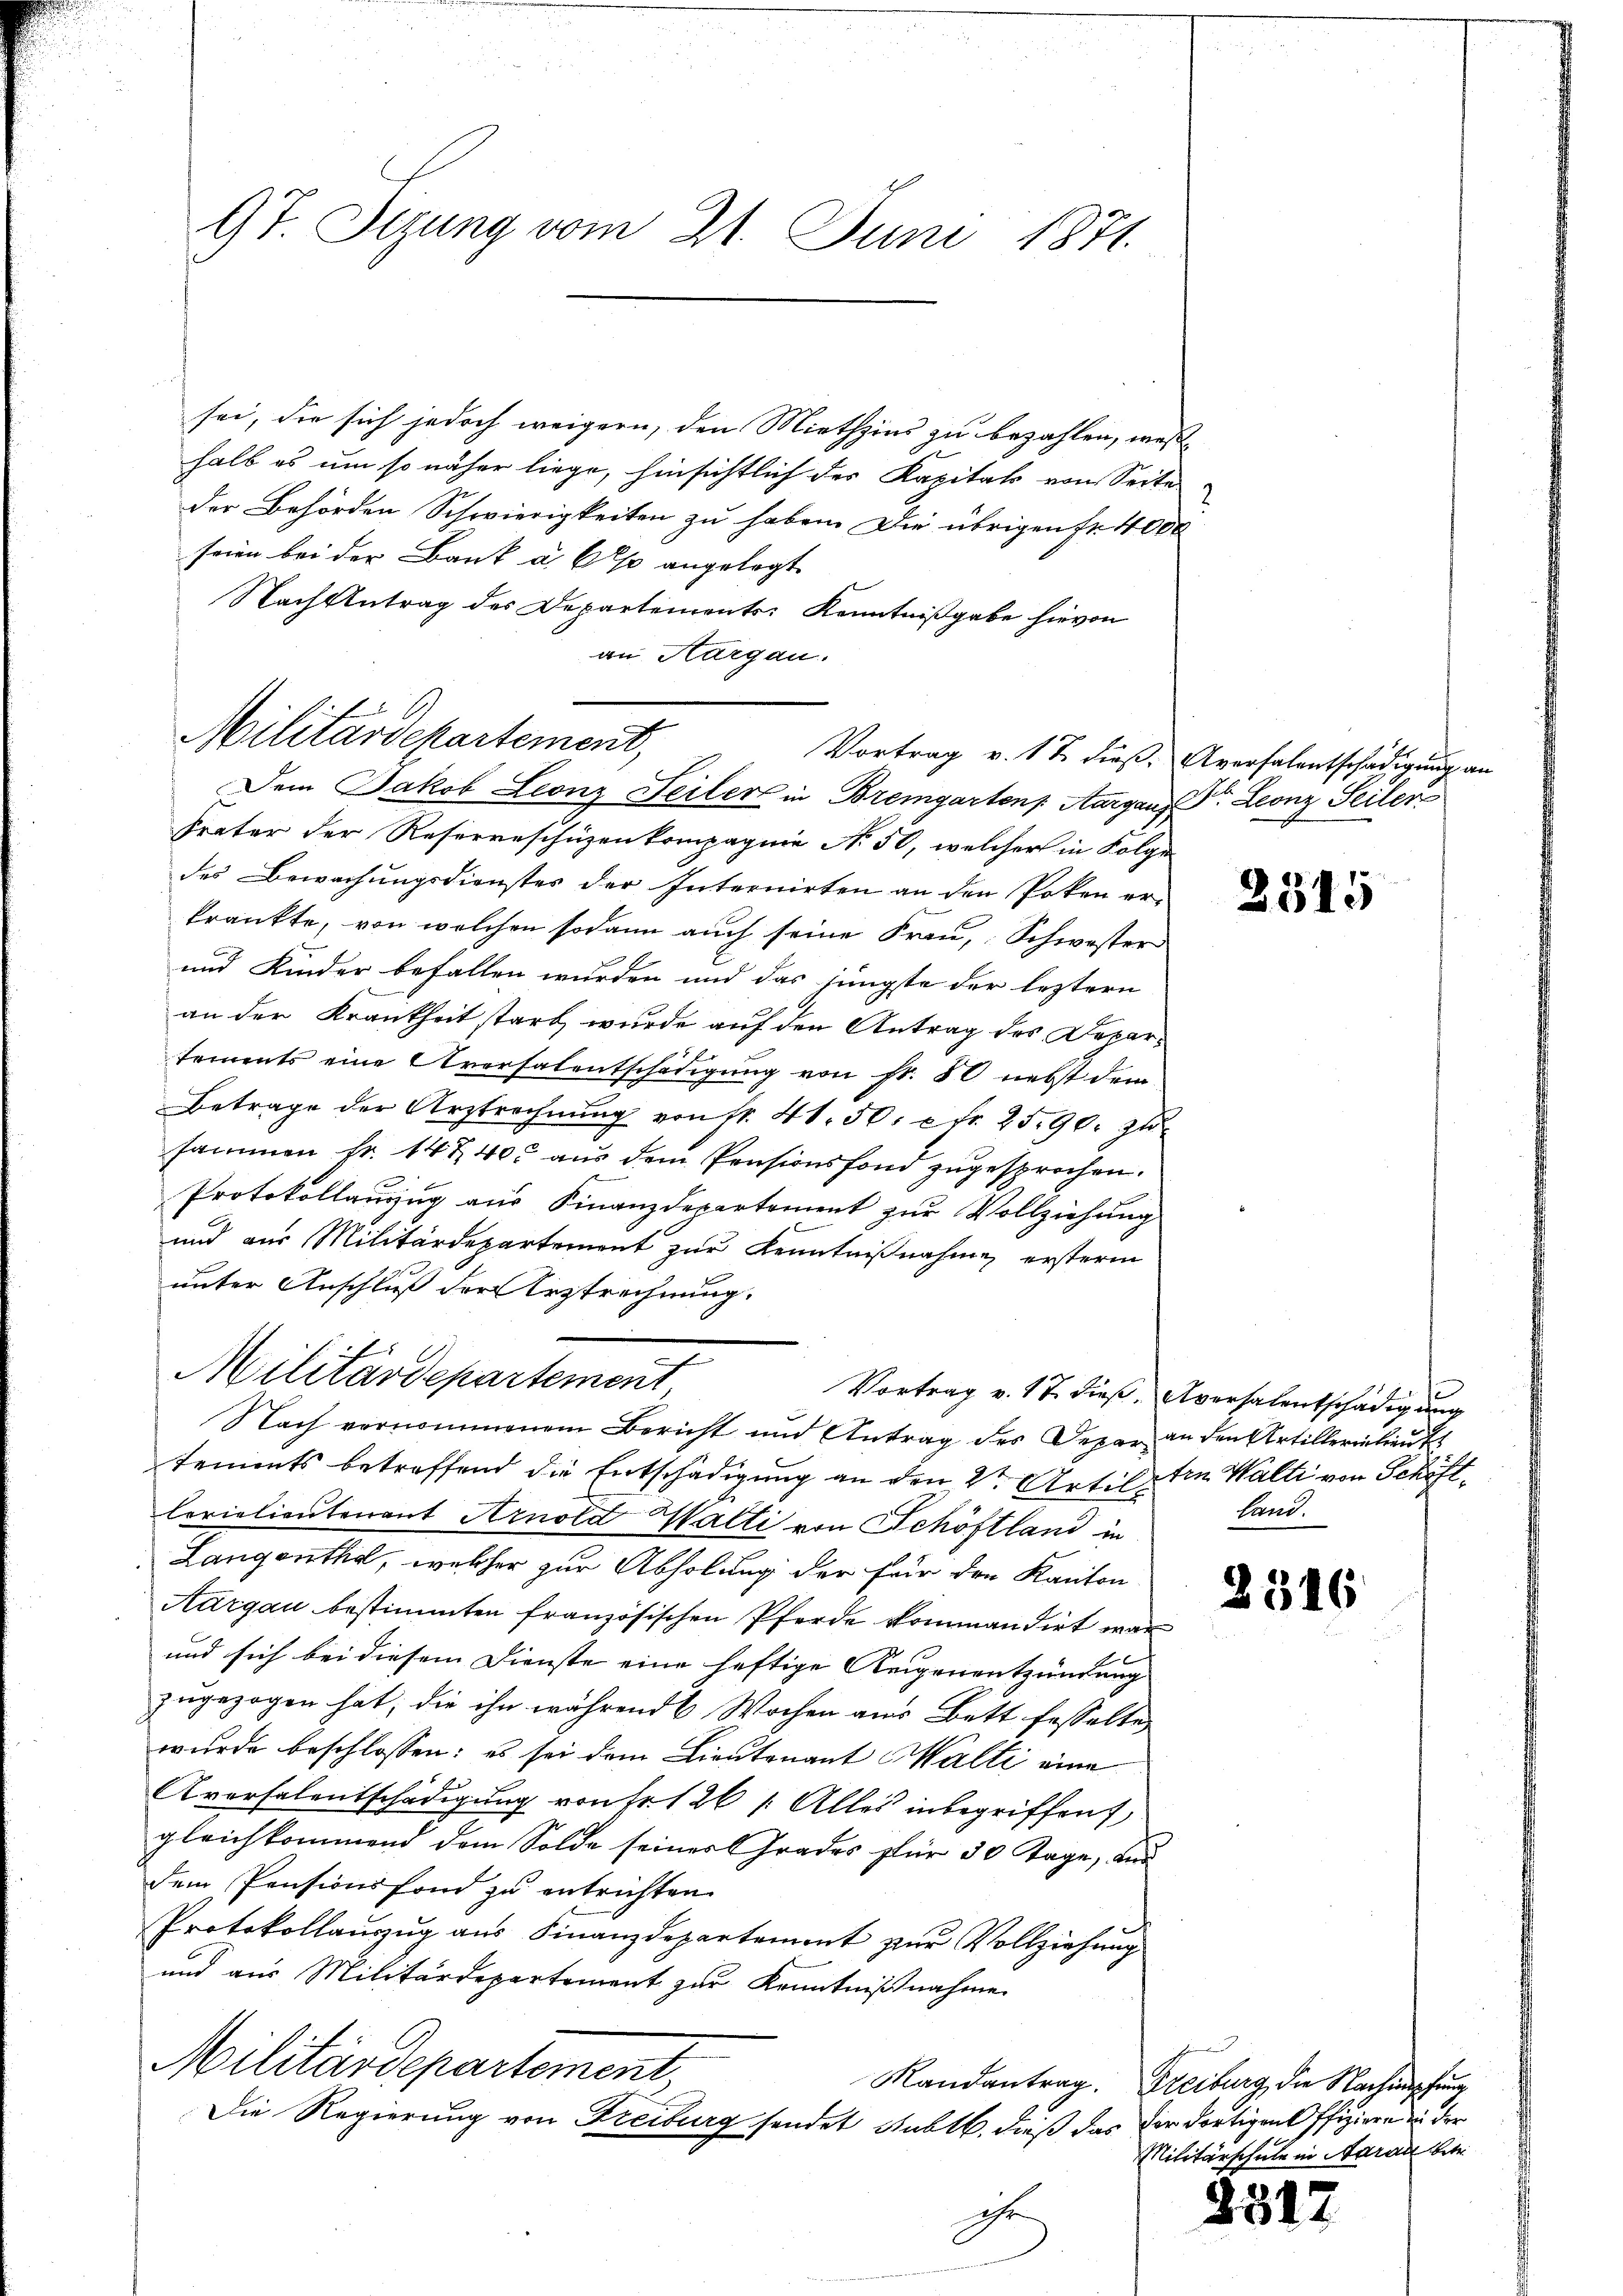
9t. Stzung vom 21. Juni 1871.

sei, die sich jedoch weigern, den Miethzins zu bezahlen, weßhalb es um so näher liege, hinsichtlich der Kapitals von Seite
der Behörden Schwierigkeiten zu haben. Die übrigen Fr. 4000
seien bei der Bank u. Also angelegt
Nach Antrag des Departements Kenntnißgabe hievon
an Aargau.
Dem Jakob Leonz Seiler in Bremgartens Aargaus Dr. Leonz Seiler
Frater der Reserveschizenkompagnie No. 50, welcher in Folge
des Bewachungsdienstes der Internirten an den Poken er-
krankte, von welchen sodann auch seine Frau, Schwester
d
und Kinder befallen wurden und das jüngste der leztern
an der Krankheit starb, wurde auf den Antrag des Departements eine Aversalentschädigung von fr. 80 nebst dem
Betrage der Urstrechnŭng von fr. 41. 50. Fr. 25. 90. zu
sammen fr. 14 & 400 aus dem Pensionsfond zugesprochen.
Protokollauzug aus Finanzdepartement zur Vollziehung
und aus Militärdepartement zur Kenntnißnahme ersteren
unter Anschluß der Erstrechnung.
Militärdepartement
Vortrag v. 17. dieß, Aversalentschädigung
Nach vernommenem Bericht und Antrag des Depar an den Artillerielieut
tements betreffend die Entschädigung an den 2ten Artil den Walti von Schöftlorialientenant Arnold Matti von Schöftland in
Langenthal, welcher zur Abholung der für den Kanton
Aargau bestimmten französischen Pferde kommandirt war
und sich bei diesem Dienste eine heftige Reigenentzündung
zugezogen hat; die ihn während 6 Wochen aus Bett fesselte
wurde beschlossen: es sei dem Lieutenant Walti eine
Aversalentschädigung von Fr. 126 /: Alles inbegriffen,
gleichkommend dem Solde seiner Grades für 30 Tage, aus
dem Pensionsfond zu entrichten.
Protokollauszug aus Finanzdepartement zur Vollziehung
und aus Militärdepartement zur Kenntnißnahme
Militärdepartement
Randantrag. Freiburg, die Nachimpfung
Die Regierung von Freiburg sendet Sublb. dieß das der dortigens ffiziere in der
ihe

Militärdepartement,

Vortrag v. 12 dieß. Aversalentschädigung an

Land.

n
Militärschule in Aarau betr.

2515

2316

181